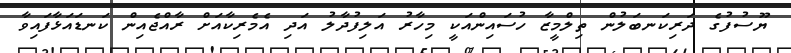
ޔޫސުފުގެ ދަރިކަނބަލުން ތިލްމީޒާ ހުސައިންއަކީ މިހާރު އަލިފުދާލު އަދި އެމެރިކާއަށް ރާއްޖެއިން ކަނޑައަޅާފައިވާ